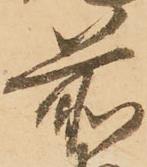
前